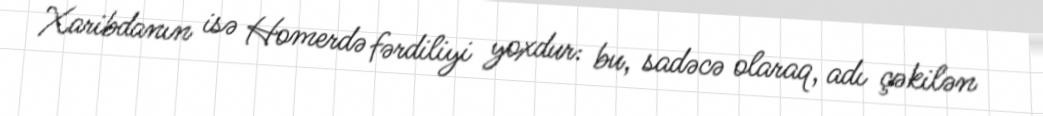
Xaribdanın isə Homerdə fərdiliyi yoxdur: bu, sadəcə olaraq, adı çəkilən